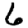
Digit: 6